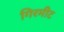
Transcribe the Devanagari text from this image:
गिरमीट